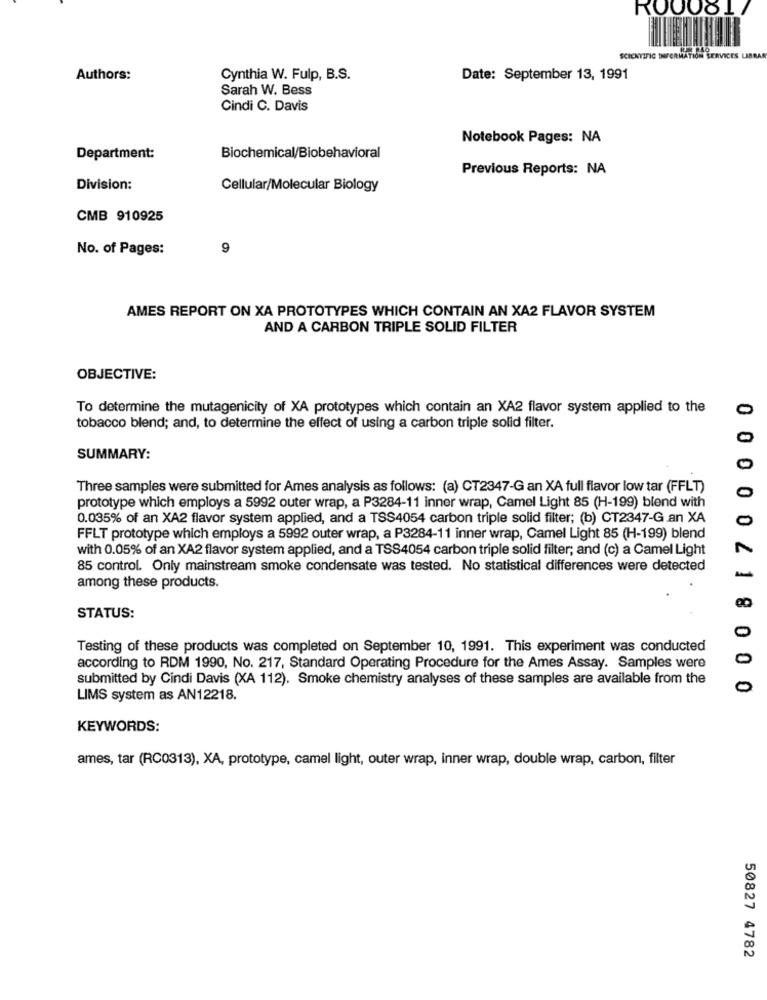
ROOOO !!
SCIENTIFIC INFORMATION
FORMATION SERVICES LIBRAR
Authors:
Cynthia W. Fulp, B.S.
Date: September 13, 1991
Sarah W. Bess
Cindi C. Davis
Notebook Pages: NA
Department:
Biochemical/Biobehavioral
Previous Reports: NA
Division:
Cellular/Molecular Biology
CMB 910925
No. of Pages:
9
AMES REPORT ON XA PROTOTYPES WHICH CONTAIN AN XA2 FLAVOR SYSTEM
AND A CARBON TRIPLE SOLID FILTER
OBJECTIVE:
To determine the mutagenicity of XA prototypes which contain an XA2 flavor system applied to the
0
tobacco blend; and, to determine the effect of using a carbon triple solid filter.
SUMMARY:
0 0
Three samples were submitted for Ames analysis as follows: (a) CT2347-G an XA full flavor low tar (FFLT)
0
prototype which employs a 5992 outer wrap, a P3284-11 inner wrap, Camel Light 85 (H-199) blend with
0.035% of an XA2 flavor system applied, and a TSS4054 carbon triple solid filter; (b) CT2347-G an XA
0
FFLT prototype which employs a 5992 outer wrap, a P3284-11 inner wrap, Camel Light 85 (H-199) blend
with 0.05% of an XA2 flavor system applied, and a TSS4054 carbon triple solid filter; and (c) a Camel Light
4
85 control. Only mainstream smoke condensate was tested. No statistical differences were detected
-
among these products.
STATUS:
Testing of these products was completed on September 10, 1991. This experiment was conducted
0
according to RDM 1990, No. 217, Standard Operating Procedure for the Ames Assay. Samples were
submitted by Cindi Davis (XA 112). Smoke chemistry analyses of these samples are available from the
0
8000
LIMS system as AN12218.
KEYWORDS:
ames, tar (RC0313), XA, prototype, camel light, outer wrap, inner wrap, double wrap, carbon, filter
50827 4782